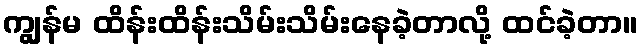
ကျွန်မ ထိန်းထိန်းသိမ်းသိမ်းနေခဲ့တာလို့ ထင်ခဲ့တာ။